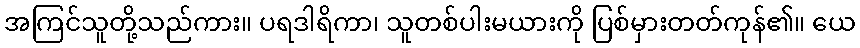
အကြင်သူတို့သည်ကား။ ပရဒါရိကာ၊ သူတစ်ပါးမယားကို ပြစ်မှားတတ်ကုန်၏။ ယေ